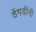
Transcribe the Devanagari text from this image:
ठेंगडींनी